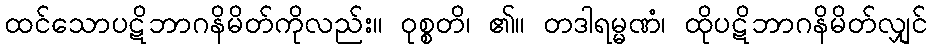
ထင်သောပဋိဘာဂနိမိတ်ကိုလည်း။ ဝုစ္စတိ၊ ၏။ တဒါရမ္မဏံ၊ ထိုပဋိဘာဂနိမိတ်လျှင်